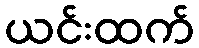
ယင်းထက်